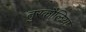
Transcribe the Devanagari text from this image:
तुरकौलिया